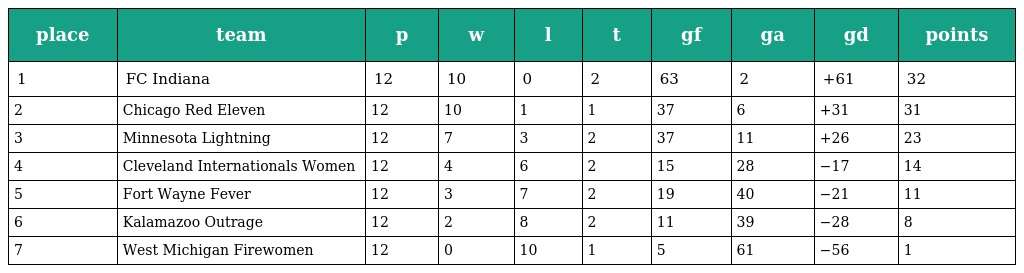
| place | team | p | w | l | t | gf | ga | gd | points |
 | --- | --- | --- | --- | --- | --- | --- | --- | --- | --- |
 | 1 | FC Indiana | 12 | 10 | 0 | 2 | 63 | 2 | +61 | 32 |
 | 2 | Chicago Red Eleven | 12 | 10 | 1 | 1 | 37 | 6 | +31 | 31 |
 | 3 | Minnesota Lightning | 12 | 7 | 3 | 2 | 37 | 11 | +26 | 23 |
 | 4 | Cleveland Internationals Women | 12 | 4 | 6 | 2 | 15 | 28 | −17 | 14 |
 | 5 | Fort Wayne Fever | 12 | 3 | 7 | 2 | 19 | 40 | −21 | 11 |
 | 6 | Kalamazoo Outrage | 12 | 2 | 8 | 2 | 11 | 39 | −28 | 8 |
 | 7 | West Michigan Firewomen | 12 | 0 | 10 | 1 | 5 | 61 | −56 | 1 |